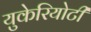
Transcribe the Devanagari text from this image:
युकेरियोटी